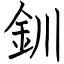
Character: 釧